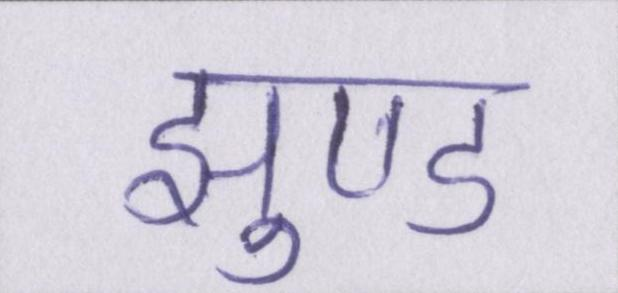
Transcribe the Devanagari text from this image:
झुण्ड